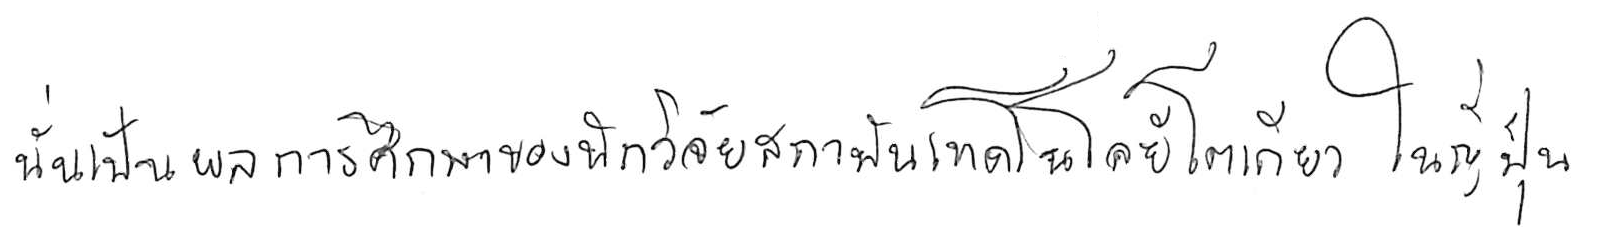
นั่นเป็นผลการศึกษาของนักวิจัยสถาบันเทคโนโลยีโตเกียว ในญี่ปุ่น